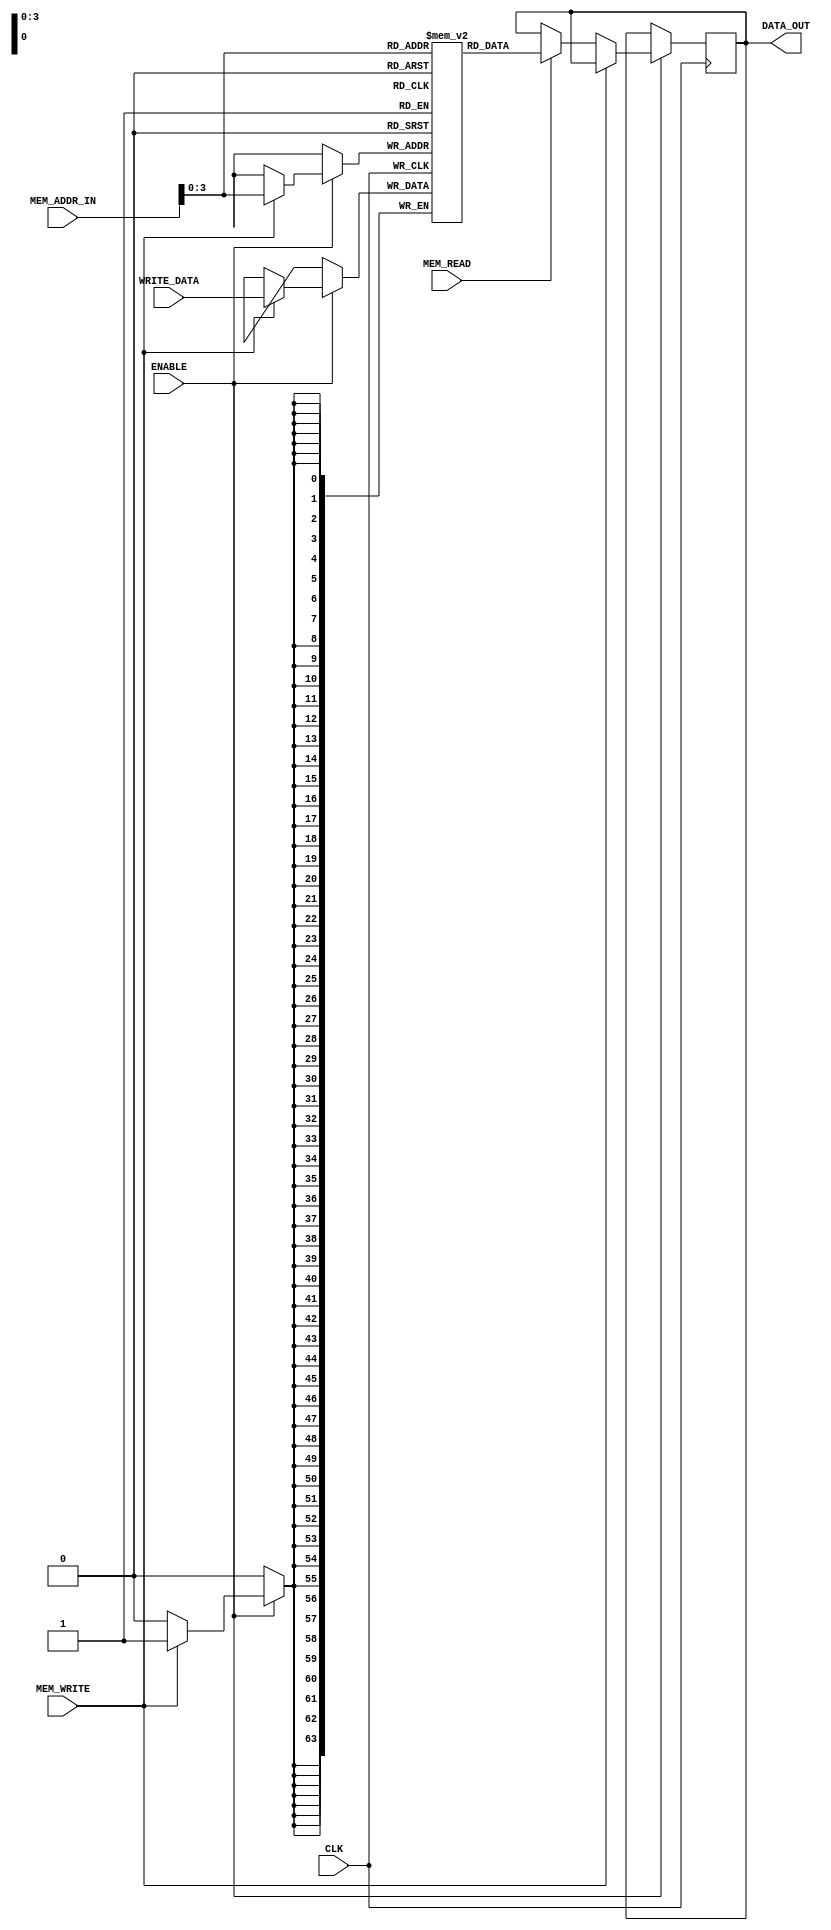
`timescale 1ns / 1ps
//////////////////////////////////////////////////////////////////////////////////
// Company: 
// Engineer: 
// 
// Design Name: 
// Module Name: DATA_MEM
// Project Name: 
// Target Devices: 
// Tool Versions: 
// Description: 
// 
// Dependencies: 
// 
// Revision:
// Revision 0.01 - File Created
// Additional Comments:
// 
//////////////////////////////////////////////////////////////////////////////////


module DATA_MEM(
        input CLK,                          // system clock
        input ENABLE,
        input MEM_WRITE,                    // memory write enable
        input MEM_READ,                     // memory read enable
        input [63:0] MEM_ADDR_IN,           // Memory address input
        input [63:0] WRITE_DATA,            // Memory write data
        output reg [63:0] DATA_OUT          // Memory data output (if read enabled)        
    );
    
        reg [63:0] DATA_MEMORY [15:0];    // 2^16 blocks of 64 bit memory (128 KB of data)
        
        always @ (posedge CLK) begin
            if (ENABLE) begin
                if (MEM_WRITE) begin
                    DATA_MEMORY[MEM_ADDR_IN] <= WRITE_DATA;
                end else if (MEM_READ) begin
                    DATA_OUT <= DATA_MEMORY[MEM_ADDR_IN];
                end
            end
        end
        
        initial begin 
            DATA_MEMORY[0] = 'hAAAA;
            DATA_MEMORY[1] = 'hBBBB;
            
            
        end
endmodule